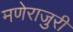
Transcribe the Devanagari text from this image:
मणेराजुरी